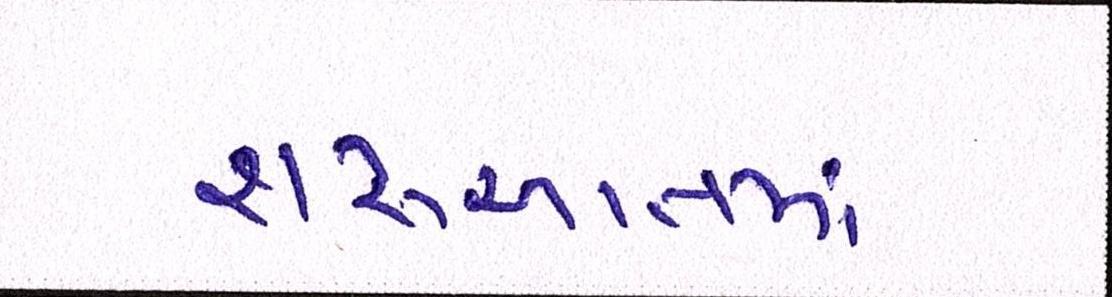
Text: શરૂઆતમાં